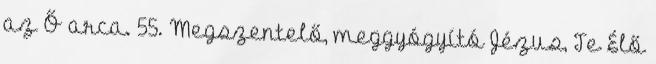
az Ő arca. 55. Megszentelő, meggyógyító Jézus, Te Élő